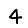
Digit: 4